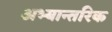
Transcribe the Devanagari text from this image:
अभ्यान्तरिक